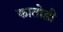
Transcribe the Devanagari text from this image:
कातोडी